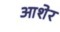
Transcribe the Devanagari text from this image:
आशेर